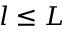
l \leq L